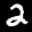
Label: 2